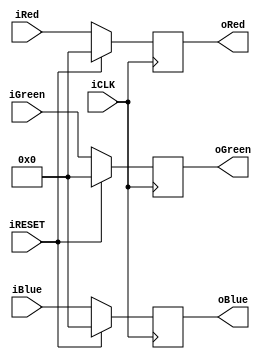
module NewModule (iRed, iGreen,iBlue,iCLK,iRESET,
			 oRed, oGreen,oBlue);
			 
			input [9:0] iRed, iGreen,iBlue;
			input iCLK,iRESET;
			output reg [9:0] oRed,oGreen,oBlue;
			
			always @(posedge iCLK)
				begin
					if(iRESET)
						begin
						oRed <=10'b0;
						oGreen <=10'b0;
						oBlue <=10'b0;
						
						end
					else
						begin
						oRed <=iRed;
						oGreen <=iGreen;
						oBlue <=iBlue;
						
						end
			 end		
endmodule